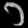
Digit: ၁